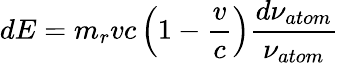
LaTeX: dE=m_{r}vc\left(1-\frac{v}{c}\right)\frac{d\nu_{atom}}{\nu_{atom}}